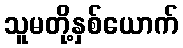
သူမတို့နှစ်ယောက်